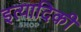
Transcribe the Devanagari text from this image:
इत्‍यादिकी